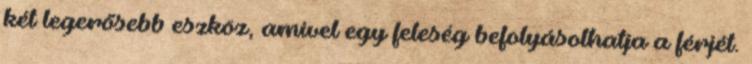
két legerősebb eszköz, amivel egy feleség befolyásolhatja a férjét.